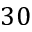
3 0